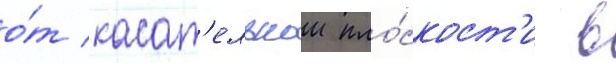
о́т касат'ельнои пло́скост'и в